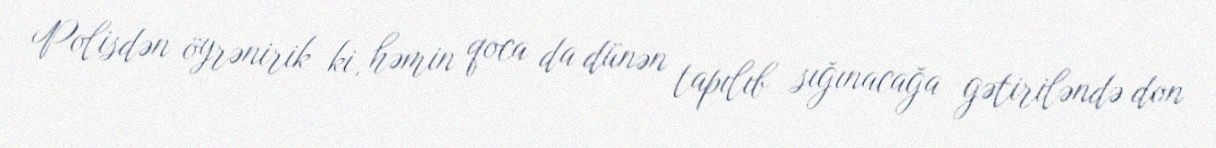
Polisdən öyrənirik ki, həmin qoca da dünən tapılıb sığınacağa gətiriləndə don